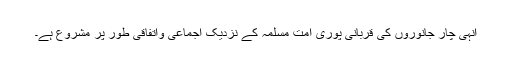
انہی چار جانوروں کی قربانی پوری امت مسلمہ کے نزدیک اجماعی واتفاقی طور پر مشروع ہے۔